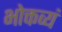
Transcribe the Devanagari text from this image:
भोक्तव्यं